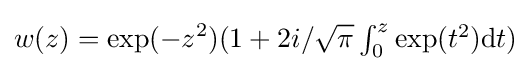
w(z)=\exp(-z^{2})(1+2i/{\sqrt {\pi }}\textstyle \int _{0}^{z}\exp(t^{2}){\text{d}}t)